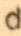
d